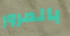
بالمرور